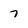
Character: 7